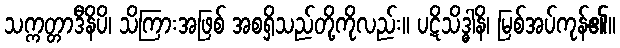
သက္ကတ္တာဒီနိပိ၊ သိကြားအဖြစ် အစရှိသည်တို့ကိုလည်း။ ပဋိသိဒ္ဓါနိ၊ မြစ်အပ်ကုန်၏။